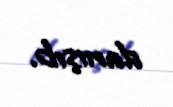
danışıb.